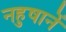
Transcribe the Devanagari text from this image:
नहुषानें